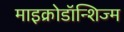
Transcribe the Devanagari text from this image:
माइक्रोडॉन्शिज्म